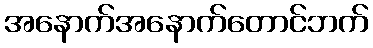
အနောက်အနောက်တောင်ဘက်